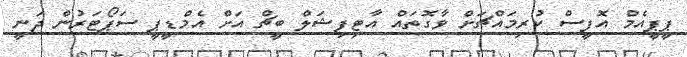
ޕީޕީއެމް އޮފީސް ކުރިމައްޗަށް ވާގޮތައް އާޓިފިޝަލް ބީޗް އަށް އެމްޑީޕީ ސަޕޯޓަރުން ދަނީ